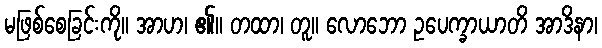
မဖြစ်စေခြင်းကို။ အာဟ၊ ၏။ တထာ၊ တူ။ လောဘော ဥပေက္ခာယာတိ အာဒိနာ၊